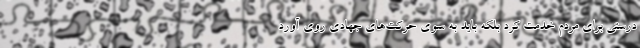
درستی برای مردم خدمت کرد بلکه باید به سوی حرکت‌های جهادی روی آورد